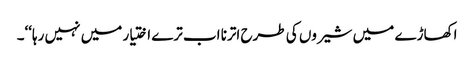
اکھاڑے میں شیروں کی طرح اترنا اب ترے اختیار میں نہیں رہا‘‘۔